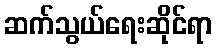
ဆက်သွယ်ရေးဆိုင်ရာ